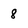
Character: 8